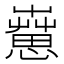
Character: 𦻇